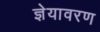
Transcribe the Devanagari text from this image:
ज्ञेयावरण